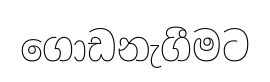
ගොඩනැගීමට